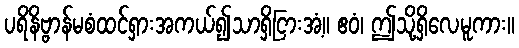
ပရိနိဗ္ဗာန်မစံထင်ရှားအကယ်၍သာရှိငြားအံ့။ ဧဝံ၊ ဤသို့ရှိလေမူကား။